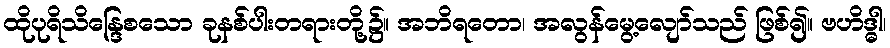
ထိုပုရိသိန္ဒြေစသော ခုနစ်ပါးတရားတို့၌။ အဘိရတော၊ အလွန်မွေ့လျော်သည် ဖြစ်၍။ ဗဟိဒ္ဓါ၊